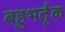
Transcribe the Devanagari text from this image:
बहुभर्तृक